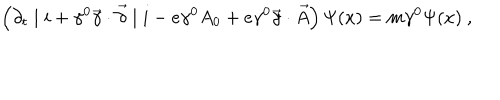
\left( \partial _ { t } \mid i + \gamma ^ { 0 } \vec { \gamma } \cdot \vec { \partial } \mid i - e \gamma ^ { 0 } A _ { 0 } + e \gamma ^ { 0 } \vec { \gamma } \cdot \vec { A } \right) \Psi ( x ) = m \gamma ^ { 0 } \Psi ( x ) ~ ,